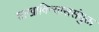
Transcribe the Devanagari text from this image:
शाखाविन्याससंयुक्त